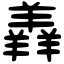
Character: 羴